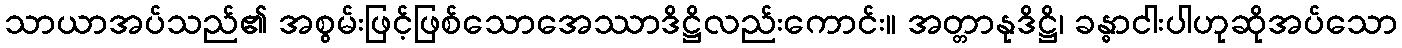
သာယာအပ်သည်၏ အစွမ်းဖြင့်ဖြစ်သောအေဿာဒိဋ္ဌိလည်းကောင်း။ အတ္တာနုဒိဋ္ဌိ၊ ခန္ဓာငါးပါဟုဆိုအပ်သော